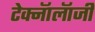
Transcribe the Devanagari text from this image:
टेक्नॅालॅाजी